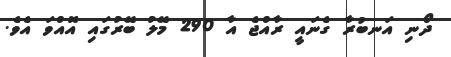
ދޯނި އަނބުރާ ގެނައީ ރާއްޖެ އާ 290 މޭލު ބޭރުގައި އޮއްވަ އެވެ.